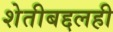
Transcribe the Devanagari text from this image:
शेतीबद्दलही